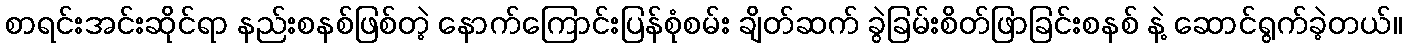
စာရင်းအင်းဆိုင်ရာ နည်းစနစ်ဖြစ်တဲ့ နောက်ကြောင်းပြန်စုံစမ်း ချိတ်ဆက် ခွဲခြမ်းစိတ်ဖြာခြင်းစနစ် နဲ့ ဆောင်ရွက်ခဲ့တယ်။